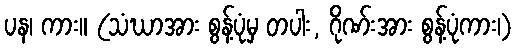
ပန၊ ကား။ (သံဃာအား စွန့်ပုံမှ တပါး, ဂိုဏ်းအား စွန့်ပုံကား၊)